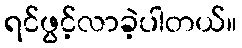
ရင်ဖွင့်လာခဲ့ပါတယ်။